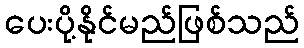
ပေးပို့နိုင်မည်ဖြစ်သည်